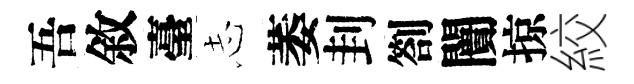
吾敘臺𢖽萎刲劄闠掠絞